Indian journal of veterinary science and animal husbandry - Volumes 22-23, 1952-1953
Year: 1952
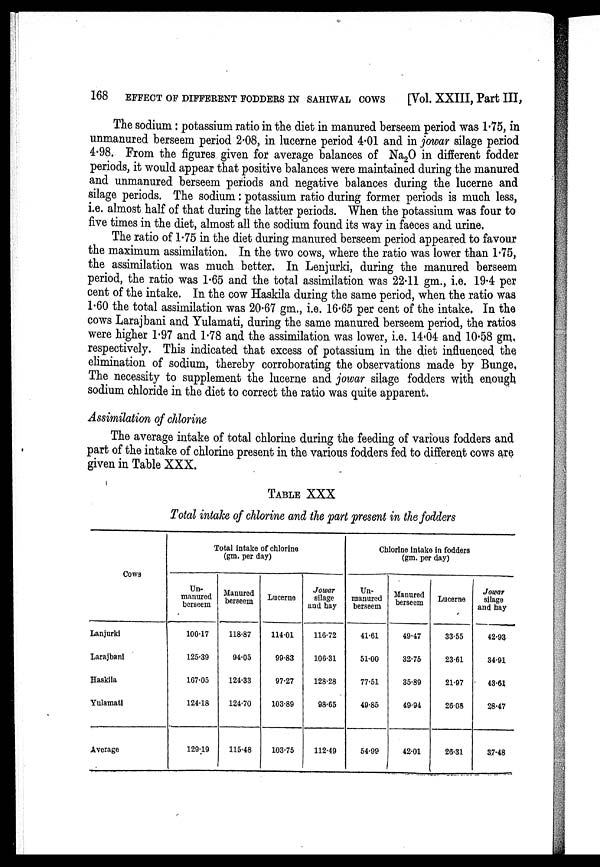
168 EFFECT OF DIFFERENT FODDERS IN SAHIWAL COWS
[Vol. XXIII, Part III,
The sodium: potassium ratio in the diet in manured berseem period was 1.75, in
unmanured berseem period 2.08, in lucerne period 4.01 and in jowar silage period
4.98. From the figures given for average balances of Na 2 O in different fodder
periods, it would appear that positive balances were maintained during the manured
and unmanured berseem periods and negative balances during the lucerne and
silage periods. The sodium : potassium ratio during former periods is much less,
i.e. almost half of that during the latter periods. When the potassium was four to
five times in the diet, almost all the sodium found its way in faeces and urine.
The ratio of 1.75 in the diet during manured berseem period appeared to favour
the maximum assimilation. In the two cows, where the ratio was lower than 1.75,
the assimilation was much better. In Lenjurki, during the manured berseem
period, the ratio was 1.65 and the total assimilation was 22.11 gm., i.e. 19.4 per
cent of the intake. In the cow Haskila during the same period, when the ratio was
1.60 the total assimilation was 20.67 gm., i.e. 16.65 per cent of the intake. In the
cows Larajbani and Yulamati, during the same manured berseem period, the ratios
were higher 1.97 and 1.78 and the assimilation was lower, i.e. 14.04 and 10.58 gm,
respectively. This indicated that excess of potassium in the diet influenced the
elimination of sodium, thereby corroborating the observations made by Bunge.
The necessity to supplement the lucerne and jowar silage fodders with enough
sodium chloride in the diet to correct the ratio was quite apparent.
Assimilation of chlorine
The average intake of total chlorine during the feeding of various fodders and
part of the intake of chlorine present in the various fodders fed to different cows are
given in Table XXX.
TABLE XXX
Total intake of chlorine and the part present in the fodders
Cows
Lanjurki
Larajbani
Haskila
Yulamati
Average
Total intake of chlorine
(gm.per day)
Un-
manured
berseem
100.17
125.39
167.05
124.18
129.19
Manured
berseem
118.87
94.05
124.33
124.70
115.48
Lucerne
114.01
99.83
97.27
103.89
103.75
Jowar
silage
and hay
116.72
106.31
128.28
98.65
112.49
Chlorine intake in fodders
(gm.per day)
Un-
manured
berseem
41.61
51.00
77.51
49.85
54.99
Manured
berseem
49.47
32.75
35.89
49.94
42.01
Lucerne
33.55
23.61
21.97
26.08
26.31
Jowar
silage
and hay
42.93
34.91
43.61
28.47
37.48